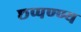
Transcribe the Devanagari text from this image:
छप्पण्ण्य